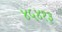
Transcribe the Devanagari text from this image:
४५४१३